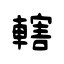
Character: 轄